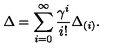
\Delta = \sum _ { i = 0 } ^ { \infty } \frac { \gamma ^ { i } } { i ! } \Delta _ { ( i ) } .